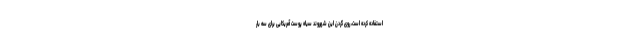
استفاده کرده است، روی گردن این شهروند سیاه پوست آمریکایی برای سه بار